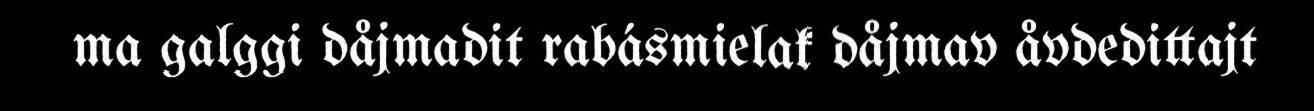
ma galggi dåjmadit rabásmielak dåjmav åvdedittajt